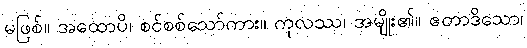
မဖြစ်။ အထောပိ၊ စင်စစ်သော်ကား။ ကုလဿ၊ အမျိုး၏။ ဧတာဒိသော၊